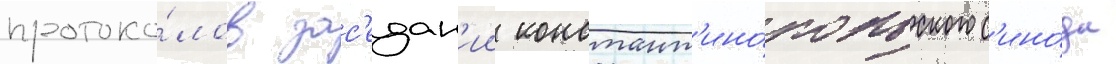
протоко́лов зас'едан'ии констант'ино́польского с'ино́да